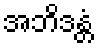
အဘိဒန္တံ